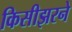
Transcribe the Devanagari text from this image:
किसीझरने